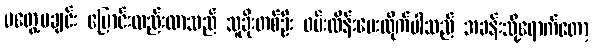
မတွေ့မချင်း ပြောင်းလည်းလာသည် သူခိုးတစ်ဦး ဖမ်းထိန်းပေးလိုက်ပါသည် အခန်းသို့ရောက်တော့